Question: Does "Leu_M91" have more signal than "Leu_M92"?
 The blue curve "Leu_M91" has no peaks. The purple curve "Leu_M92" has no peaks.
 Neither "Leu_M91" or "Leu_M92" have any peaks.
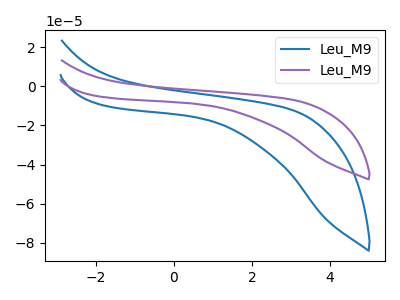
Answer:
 <answer>I cant tell if "Leu_M91" or "Leu_M92" has more signal.</answer>
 <eval>mixed_signal</eval>